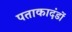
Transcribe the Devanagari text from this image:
पताकादंडों